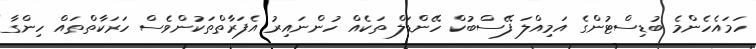
ހަމައެހެންމެ ބުޑިސްޓުންގެ އަމިއްލަ ފޭސްބުކް ހޭންޑަލް ތަކެއް ހުންނައިރު އެފަރާތްތަކުންވެސް ހަރަކާތްތައް ހިންގާ